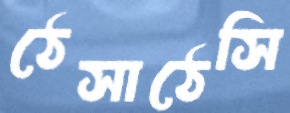
ঠেসাঠেসি